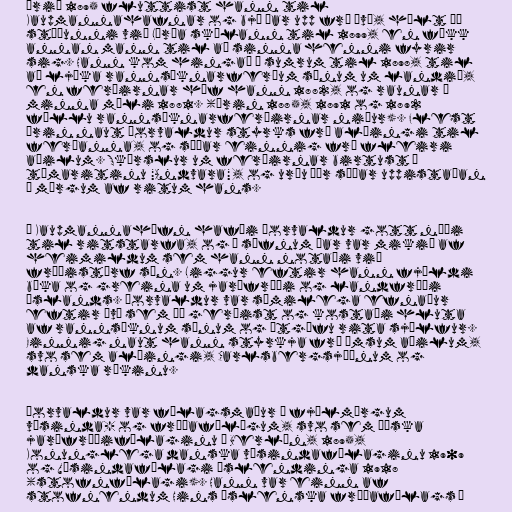
Árið 1895 fluttist hann til
Kaupmannahafnar og bjó þar upp frá því, hélt þó
stöðunni við Lærða skólann til 1899, en fékk
annan mann til að sinna henni fyrir
sig. Hann kom hingað á sumrum til 1898, til
að ljúka rannsóknarferðum sínum um landið,
en ferðirnar hóf hann 1882, og raunar í
minna mæli 1881. (Árin 1885, 1891 og 1892
féllu rannsóknarferðirnar niður). Flest
árin naut Þorvaldur styrks frá alþingi til
ferðanna, og síðar einnig frá fleiri
aðilum. Skýrslur um ferðirnar birtust í
tímaritinu "Andvara", og urðu þær síðar uppistaðan
í mörgum af ritum hans.

Í Kaupmannahöfn hafði Þorvaldur gott næði
til ritstarfa, og í söfnum þar var mikið af
heimildum sem hann notaði við
fræðistörf sín. Liggur eftir hann fjöldi
bóka og greina um jarðfræði og landfræði
Íslands. Þorvaldur var sæmilega efnaður
eftir því sem þá gerðist og kostaði hluta
af rannsóknum sínum og útgáfu rita sjálfur.
Einnig naut hann styrkja frá ýmsum aðilum,
svo sem alþingi, Carlsbergsjóðnum og
danska ríkinu.

Þorvaldur var félagsmaður í fjölmörgum
vísinda- og fræðafélögum, svo sem Þýska
jarðfræðifélaginu í Berlín, 1895,
Konunglega danska vísindafélaginu 1909
og Vísindafélagi Íslendinga 1918
(stofnfélagi). Hann var einn af
stofnendum Hins íslenska fræðafélags í